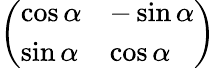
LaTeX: \left(\begin{array}{ll}{\cos\alpha}&{-\sin\alpha}\\ {\sin\alpha}&{\cos\alpha}\end{array}\right)